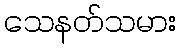
သေနတ်သမား